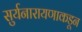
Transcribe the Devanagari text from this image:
सुर्यनारायणाकडून